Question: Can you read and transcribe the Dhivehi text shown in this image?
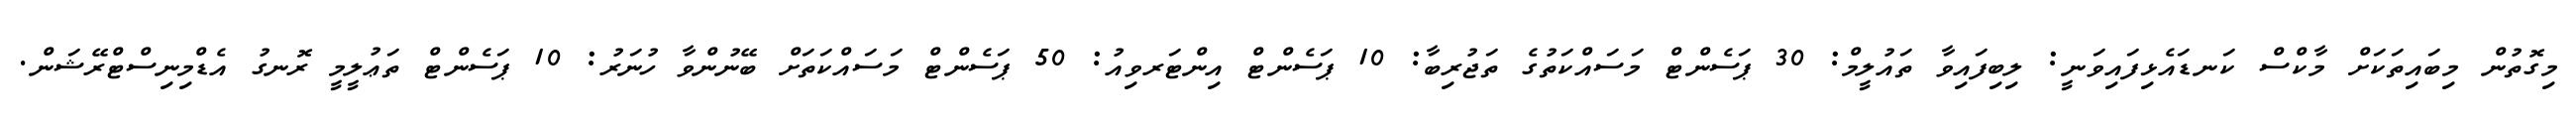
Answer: މިގޮތުން މިބައިތަކަށް މާކްސް ކަނޑައެޅިފައިވަނީ: ލިބިފައިވާ ތައުލީމް: 30 ޕަސެންޓް މަސައްކަތުގެ ތަޖުރިބާ: 10 ޕަސެންޓް އިންޓަރވިއު: 50 ޕަސެންޓް މަސައްކަތަށް ބޭނުންވާ ހުނަރު: 10 ޕަސެންޓް ތަޢުލީމީ ރޮނގު އެޑްމިނިސްޓްރޭޝަން.